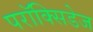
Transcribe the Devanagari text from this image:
परॉक्सिडेज